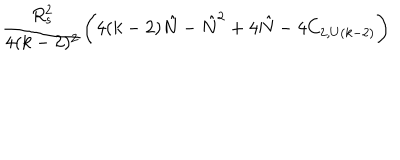
{ \frac { R _ { s } ^ { 2 } } { 4 ( k - 2 ) ^ { 2 } } } \biggl ( 4 ( k - 2 ) { \hat { N } } - { \hat { N } } ^ { 2 } + 4 { \hat { N } } - 4 C _ { 2 , U ( k - 2 ) } \biggr )